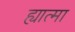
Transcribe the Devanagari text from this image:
ह्यात्मा